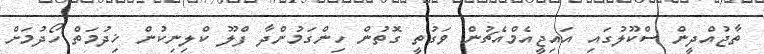
ތާޖުއްދީން ސްކޫލުގައި އައިޖީއެމްއެޗުން ވަގުތީ ގޮތުން ހިންގަމުންދާ ފްލޫ ކްލިނިކުން ޚިދުމަތް ހޯދުމަށް